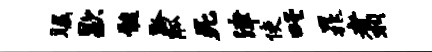
瞩歇髓黔觚死津使吒晁翥